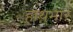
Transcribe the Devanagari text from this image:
हाथभार